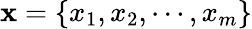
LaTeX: \mathbf{x}=\{ x_{1},x_{2},\cdots,x_{m}\}